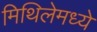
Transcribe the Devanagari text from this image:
मिथिलेमध्ये